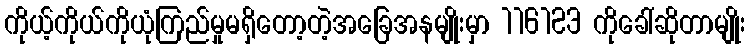
ကိုယ့်ကိုယ်ကိုယုံကြည်မှုမရှိတော့တဲ့အခြေအနမျိုးမှာ 116123 ကိုခေါ်ဆိုတာမျိုး